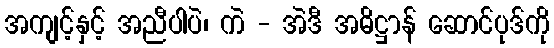
အကျင့်နှင့် အညီပါပဲ၊ ကဲ - အဲဒီ အဓိဋ္ဌာန် ဆောင်ပုဒ်ကို